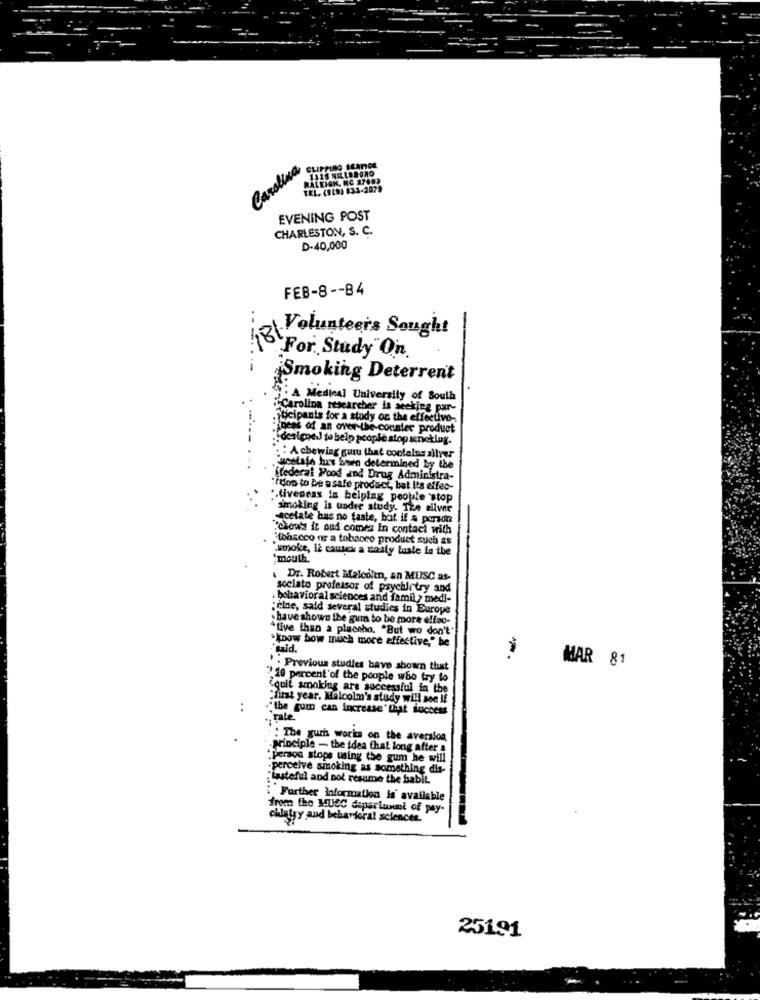
Carolina
CLIPPING LEANGL
1315 NELSDORO
RALEIGH, NC 27602
TEL. (949) 831-2079
EVENING POST
CHARLESTON, S. C.
D-40,000
FEB-8 -- 84
..
Volunteers Sought
48
For Study" On.
Smoking Deterrent
A Medical University of South
iCarolina researcher is seeking par-
ucipants for a study on the effective-
pets of an over-the-counter product
:designe.) to help people stop inekløg.
:A chewing guru that contalas allver
Fucstate has been determined by the
federal Food and Drug Administra-
:itop to be a safe product, but Its effec-
.. tiveness in helping people "stop
smoking is under study. Tre silver
acetate bus no faste, but if & persona
"chow's it oud comes In contact with
"tobacco or a tobacco product such as
"smoke, it causes a nasty taste in the
mouth.
Dr. Robert Malcolin, an MUSC as-
sociato professor of psychiatry and
behavioral sciences and family medi-
: cine, said several studies in Europe
have shown the gum to be more elfac-
Ative than a placeho. "But we don't"
>know how much more effective," be
-
. - Previous studies have shown that
MAR 81
" 10 percent of the people who try to
"quit smoking are successful in the
"first year. Malcolm's study will see If
."the gum can increase" that success
rale
: The gurh works on the aversion
.principle - the idea that long after a
Person stops using the gum he will
.percelve smoking as Something dis-
tasteful and pol resume the habit.
Further information is available
freen the MUSC deparlunmt of pay-
chiatry and behavioral sciences.
25191